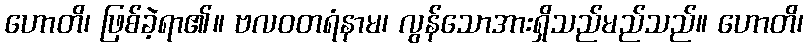
ဟောတိ၊ ဖြစ်ခဲ့ရာ၏။ ဗလဝတရံနာမ၊ လွန်သောအားရှိသည်မည်သည်။ ဟောတိ၊